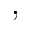
,